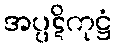
အပ္ပဋိကုဋ္ဌံ